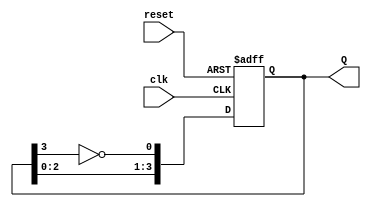
module JohnsonCounter (
    input wire clk,      // Clock input
    input wire reset,    // Asynchronous reset
    output reg [3:0] Q   // 4-bit output
);

    // Always block triggered on the rising edge of clk or when reset is activated
    always @(posedge clk or posedge reset) begin
        if (reset) begin
            Q <= 4'b0000; // Reset the counter to 0000
        end else begin
            // Johnson counter logic
            Q[0] <= ~Q[3]; // Inverted output of FF3 goes to FF0
            Q[1] <= Q[0];  // Current value of FF0 goes to FF1
            Q[2] <= Q[1];  // Current value of FF1 goes to FF2
            Q[3] <= Q[2];  // Current value of FF2 goes to FF3
        end
    end

endmodule